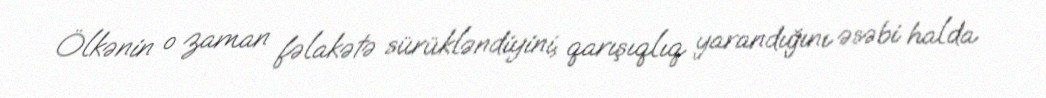
Ölkənin o zaman fəlakətə sürükləndiyini, qarışıqlıq yarandığını əsəbi halda